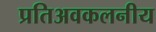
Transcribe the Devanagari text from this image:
प्रतिअवकलनीय